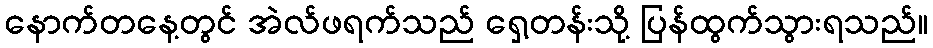
နောက်တနေ့တွင် အဲလ်ဖရက်သည် ရှေ့တန်းသို့ ပြန်ထွက်သွားရသည်။